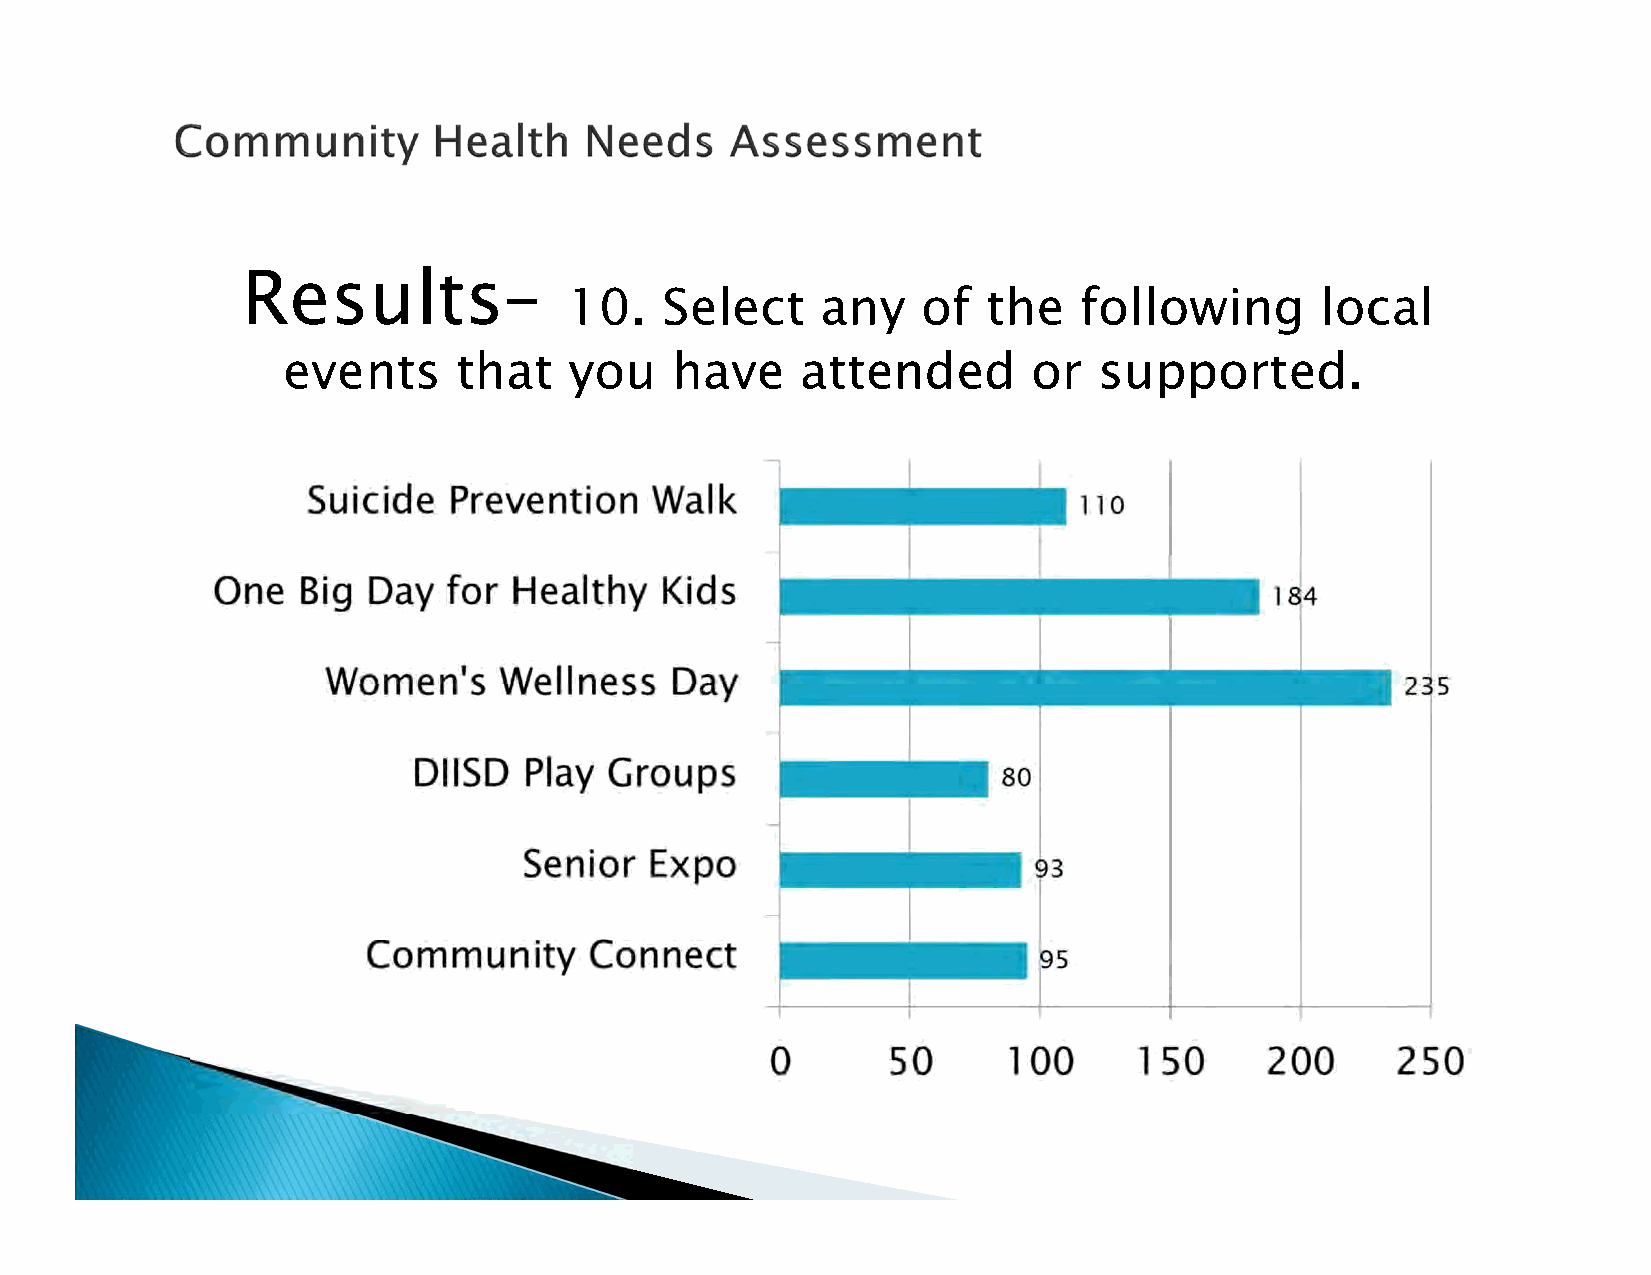
Results–
 10.   Select    any    of  the   following       local
 events     that    you   have     attended       or   supported.